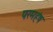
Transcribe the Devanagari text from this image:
परमहंष